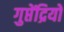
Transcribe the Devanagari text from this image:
गुप्तेंद्रियों